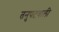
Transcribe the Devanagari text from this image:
तनुपटवाली